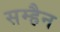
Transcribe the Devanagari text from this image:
सम्हैन